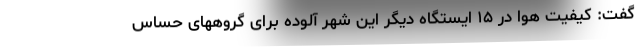
گفت: کیفیت هوا در ۱۵ ایستگاه دیگر این شهر آلوده برای گروههای حساس